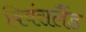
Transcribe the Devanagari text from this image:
क्विंसलैंड